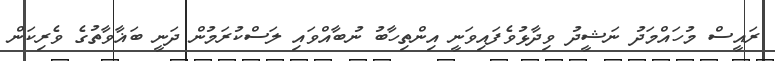
ރައީސް މުހައްމަދު ނަޝީދު ވިދާޅުވެފައިވަނީ އިންތިހާބު ނުބާއްވައި ލަސްކުރަމުން ދަނީ ބަޣާވާތުގެ ވެރިކަން